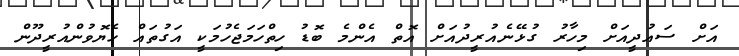
އަށް ސައުދީއަށް މިހާރު ގުޅޭނެއުރީދުއަށް އޮތް އެންމެ ބޮޑު ހިތްހަމަޖެހުމަކީ އަގުތައް ހެޔޮވުންއުރީދޫން